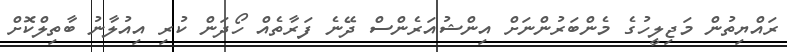
ރައްޔިތުން މަޖިލީހުގެ މެންބަރުންނަށް އިންޝުއަރެންސް ދޭނެ ފަރާތެއް ހޯދަން ކުރި އިއުލާނު ބާތިލްކޮށް